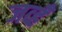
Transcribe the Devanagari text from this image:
जव्हँ